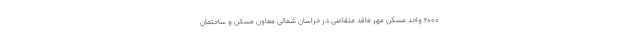
۲۰۰۰ واحد مسکن مهر فاقد متقاضی در خراسان شمالی معاون مسکن و ساختمان